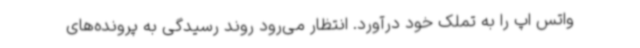
واتس اپ را به تملک خود درآورد. انتظار می‌رود روند رسیدگی به پرونده‌های